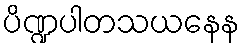
ပိဏ္ဍပါတသယနေန